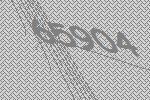
65904